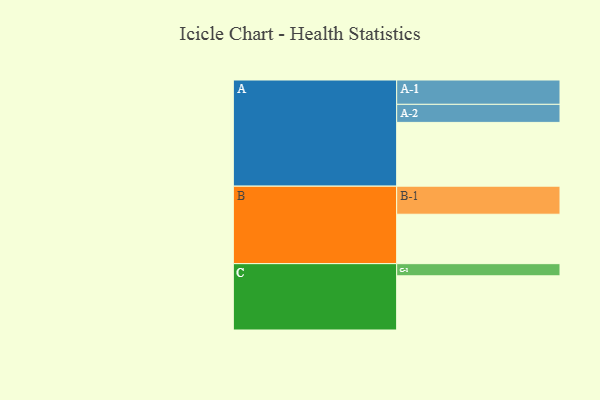
{"axis": {"x": "Segment", "y": "Value"}, "legend": ["", "A", "B", "C"], "data": [{"x": "A", "y": 498, "type": ""}, {"x": "B", "y": 386, "type": ""}, {"x": "C", "y": 423, "type": ""}, {"x": "A-1", "y": 190, "type": "A"}, {"x": "A-2", "y": 141, "type": "A"}, {"x": "B-1", "y": 219, "type": "B"}, {"x": "C-1", "y": 95, "type": "C"}]}